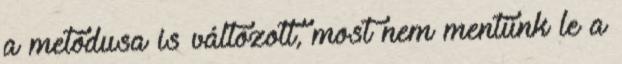
a metódusa is változott, most nem mentünk le a